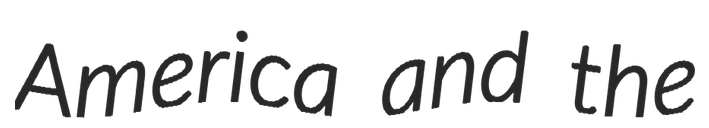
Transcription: America and the